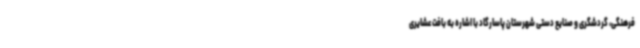
فرهنگی، گردشگری و صنایع‌ دستی شهرستان پاسارگاد با اشاره به بافت عشایری